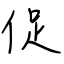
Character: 促